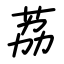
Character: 荔